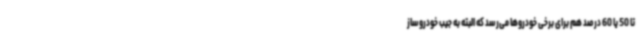
تا 50 یا 60 درصد هم برای برخی خودروها می‌رسد که البته به جیب خودروساز